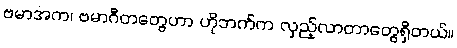
ဗမာအက၊ ဗမာဂီတတွေဟာ ဟိုဘက်က လှည့်လာတာတွေရှိတယ်။